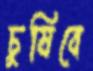
চুষিবে